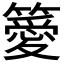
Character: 𥴨